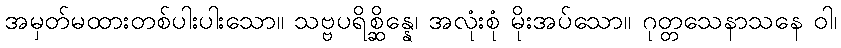
အမှတ်မထားတစ်ပါးပါးသော။ သဗ္ဗပရိစ္ဆိန္နေ၊ အလုံးစုံ မိုးအပ်သော။ ဂုတ္တသေနာသနေ ဝါ၊